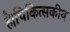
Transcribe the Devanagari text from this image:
है।चिकित्सकीय